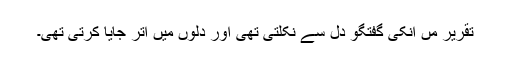
تقریر مٰں انکی گفتگو دل سے نکلتی تھی اور دلوں میں اتر جایا کرتی تھی۔